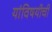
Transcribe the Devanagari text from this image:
यांविषयीची